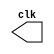
// Exemplo 02
// Nome: Bruno Rafael Nicolletti

module clock ( clk );
 output clk;
 reg    clk;

 initial
  begin
   clk = 1'b0;
  end

 always
  begin
   #12 clk = ~clk;
  end
  
endmodule

module pulso ( sinal, clock );
 input  clock;
 output sinal;
 reg    sinal;

 always @ ( clock )
  begin
      sinal = 1'b1;
  #48 sinal = 1'b0;
  end
  
endmodule // pulso

module testclock01b;
 wire  clock;
 clock clk ( clock );
 reg   p;
 wire  p1,t1;
 pulso   pulso1   ( p1, clock );

 initial begin
   p = 1'b0;
 end

 initial begin
  $dumpfile ( "exercicio02.vcd" );
  $dumpvars ( 1, clock, p1, p, t1 );

  #060 p = 1'b1;
  #120 p = 1'b0;
  #180 p = 1'b1;
  #240 p = 1'b0;
  #300 p = 1'b1;
  #360 p = 1'b0;
  #376 $finish;
 end

endmodule